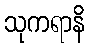
သုကရာနိ